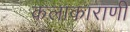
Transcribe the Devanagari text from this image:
कलाकाराणी